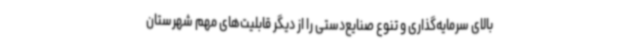
بالای سرمایه‌گذاری و تنوع صنایع‌دستی را از دیگر قابلیت‌های مهم شهرستان